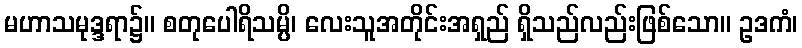
မဟာသမုဒ္ဒရာ၌။ စတုပေါရိသမ္ပိ၊ လေးသူအတိုင်းအရှည် ရှိသည်လည်းဖြစ်သော။ ဥဒကံ၊